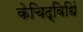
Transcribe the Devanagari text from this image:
केचिद्विधिं